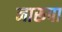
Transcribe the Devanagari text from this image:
नारूपा